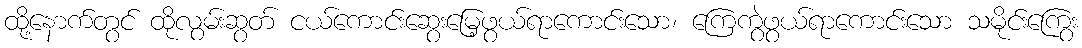
ထို့နောက်တွင် ထိုလွမ်းဆွတ် ငယ်ကောင်းဆွေးမြေ့ဖွယ်ရာကောင်းသော၊ ကြေကွဲဖွယ်ရာကောင်းသော သမိုင်းကြွေး